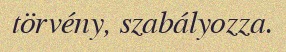
törvény, szabályozza.